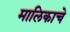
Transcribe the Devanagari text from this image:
मालिकाचे